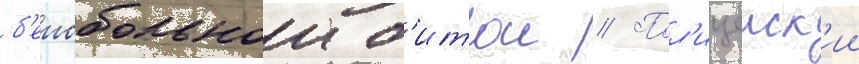
б'еисбольнои б'итои // Пол'ицеиск'ии